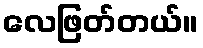
လေဖြတ်တယ်။